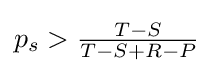
{\textstyle p_{s}>{\frac {T-S}{T-S+R-P}}}